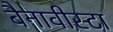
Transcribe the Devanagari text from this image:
बैनावीस्टा